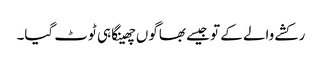
رکشے والے کے تو جیسے بھاگوں چھینکا ہی ٹوٹ گیا۔